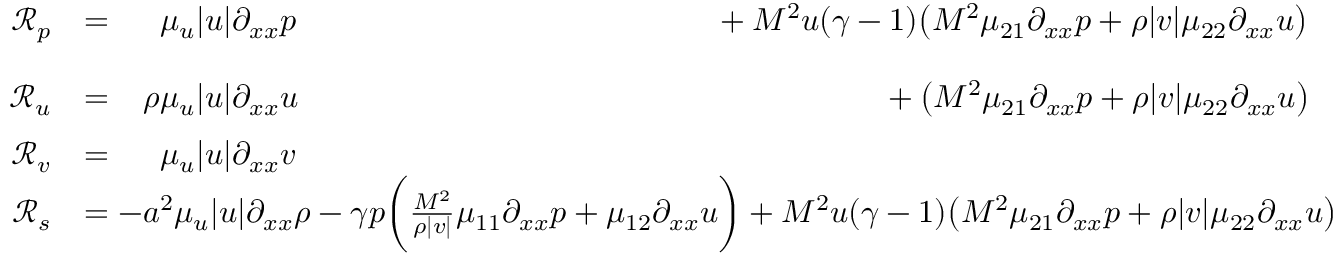
\begin{array} { r l } { \mathcal { R } _ { p } } & { = \phantom { - \rho } \mu _ { u } | u | \partial _ { x x } p \phantom { - \gamma p \bigg ( \frac { M ^ { \- 2 } } { \rho | v | } \mu _ { 1 1 } \partial _ { x x } p + \mu _ { 1 2 } \partial _ { x x } u \bigg ) } + M ^ { 2 } u ( \gamma - 1 ) \big ( M ^ { \- 2 } \mu _ { 2 1 } \partial _ { x x } p + \rho | v | \mu _ { 2 2 } \partial _ { x x } u \big ) } \\ { \mathcal { R } _ { u } } & { = \phantom { - } \rho \mu _ { u } | u | \partial _ { x x } u \phantom { - \gamma p \bigg ( \frac { M ^ { \- 2 } } { \rho | v | } \mu _ { 1 1 } \partial _ { x x } p + \mu _ { 1 2 } \partial _ { x x } u \bigg ) } \phantom { M ^ { 2 } ( \gamma - 1 ) u } + \big ( M ^ { \- 2 } \mu _ { 2 1 } \partial _ { x x } p + \rho | v | \mu _ { 2 2 } \partial _ { x x } u \big ) } \\ { \mathcal { R } _ { v } } & { = \phantom { - \rho } \mu _ { u } | u | \partial _ { x x } v } \\ { \mathcal { R } _ { s } } & { = - a ^ { 2 } \mu _ { u } | u | \partial _ { x x } \rho - \gamma p \bigg ( \frac { M ^ { \- 2 } } { \rho | v | } \mu _ { 1 1 } \partial _ { x x } p + \mu _ { 1 2 } \partial _ { x x } u \bigg ) + M ^ { 2 } u ( \gamma - 1 ) \big ( M ^ { \- 2 } \mu _ { 2 1 } \partial _ { x x } p + \rho | v | \mu _ { 2 2 } \partial _ { x x } u \big ) } \end{array}